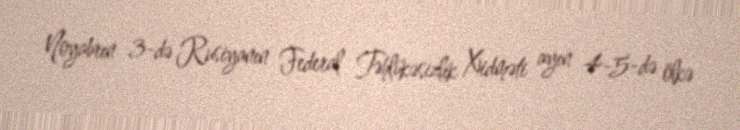
Noyabrın 3-də Rusiyanın Federal Təhlükəsizlik Xidməti ayın 4-5-də ölkə